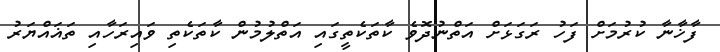
ފާޚާނާ ކުރުމަށް ފަހު ރަގަޅަށް އަތްނުދޮވެ ކާތަކެތީގައި އަތްލުމުން ކާތަކެތި ވައިރަހާއި ތަޣައްޔަރު